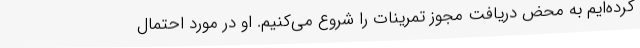
کرده‌ایم به محض دریافت مجوز تمرینات را شروع می‌کنیم. او در مورد احتمال